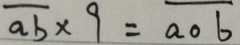
\overline { a b } \times 9 = \overline { a o b }